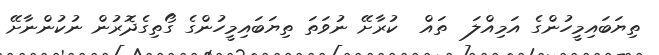
ތިޔަބައިމީހުންގެ އަމިއްލަ  ތައް  ކުރާށޭ ނުވަތަ ތިޔަބައިމީހުންގެ ގޯތިގެދޮރުން ނުކުންނާށޭ